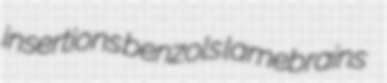
insertions benzols lamebrains